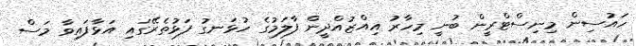
ހައުސިން މިނިސްޓްރީން ބުނީ މިހާރު އިއްޒުއްދީން ފާލަމުގެ ހުޅަނގު ފަޅުތެރޭގައި އަޅާފައިވާ މަސް